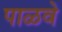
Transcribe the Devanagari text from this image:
पाळवे